Vaccination United Provinces of Agra and Oudh 1923-1928 - 1923-1928
Year: 1923
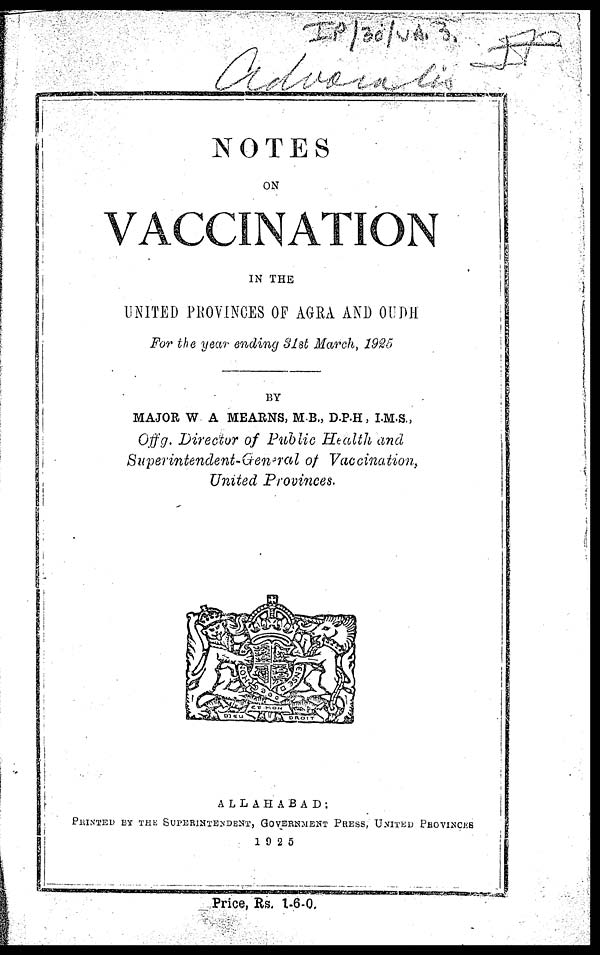
NOTES
ON
VACCINATION
IN THE
UNITED PROVINCES OF AGRA AND OUDH
For the year ending 31st March, 1925
BY
MAJOR W A MEARNS, M.B., D.P.H, I.M.S.,
Offg. Director of Public Health and
Superintendent-General of Vaccination,
United Provinces.
ALLAHABAD:
PRINTED
BY THE SUPERINTENDENT, GOVERNMENT PRESS, UNITED PROVINCES
1925
Price, Rs. 1-6-0.